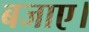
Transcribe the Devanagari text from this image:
बजाए।